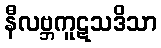
နီလဗ္ဘကူဋသဒိသာ